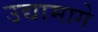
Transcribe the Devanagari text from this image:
उद्यामागे